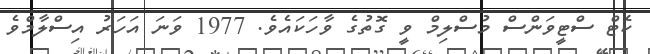
ކެޓް ސްޓީވަންސް މުސްލިމް ވީ ގޮތުގެ ވާހަކައެވެ. 1977 ވަނަ އަހަރު އިސްލާމްވެ